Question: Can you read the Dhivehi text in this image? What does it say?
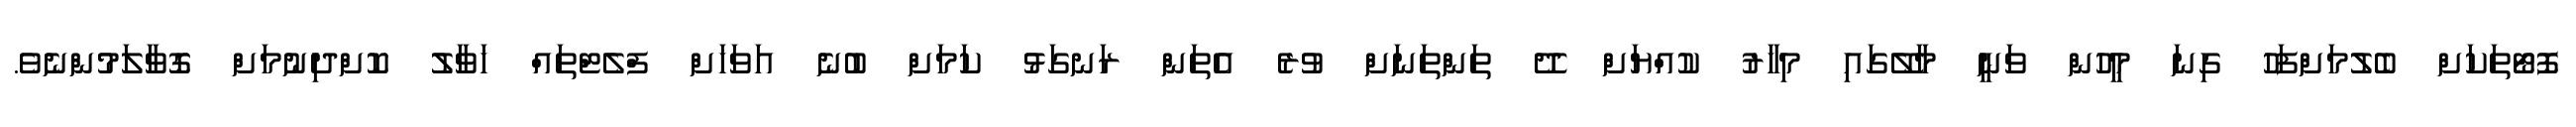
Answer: ފޮޓޯތަކަށް ބެލުމަށްފަހު ގިނަ މީހުން ވަނީ މާލޭގައި މިހާރު ކުއްޔަށް ދޭ ތަންތަނަށް ވުރެ އެތަން ރަނގަޅު ކަމަށް ބުނެ އަވަހަށް ފްލެޓްތައް ހަވާލު ކޮށްދިނުމަށް ގޮވާލަމުންނެވެ.